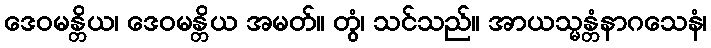
ဒေဝမန္တိယ၊ ဒေဝမန္တိယ အမတ်။ တွံ၊ သင်သည်။ အာယသ္မန္တံနာဂသေနံ၊